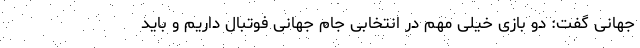
جهانی گفت: دو بازی خیلی مهم در انتخابی جام جهانی فوتبال داریم و باید